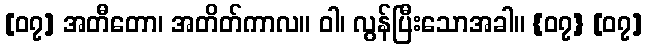
[၀၇] အတီတော၊ အတိတ်ကာလ။ ဝါ၊ လွန်ပြီးသောအခါ။ {၀၇} [၀၇]